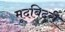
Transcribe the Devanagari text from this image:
मूदबिदरी